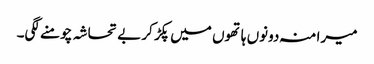
میرا منہ دونوں ہاتھوں میں پکڑ کر بے تحاشہ چومنے لگی۔